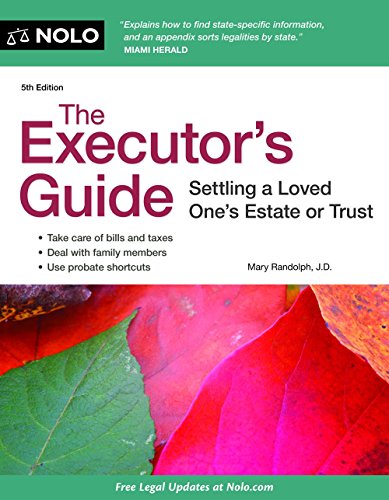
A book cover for The Executor's Guide: Settling a Loved One's Estate or Trust; Mary Randolph J.D.; Law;